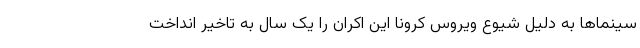
سینماها به دلیل شیوع ویروس کرونا این اکران را یک سال به تاخیر انداخت